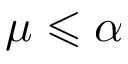
\mu \leqslant \alpha